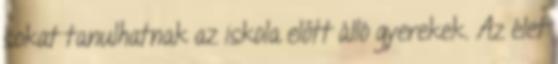
sokat tanulhatnak az iskola előtt álló gyerekek. Az élet